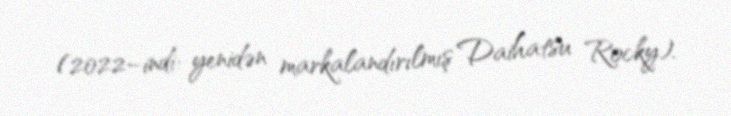
(2022–indi: yenidən markalandırılmış Daihatsu Rocky).